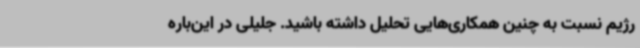
رژیم نسبت به چنین همکاری‌هایی تحلیل داشته باشید. جلیلی در این‌باره